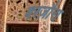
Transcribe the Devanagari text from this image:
बरज़ौरा